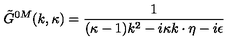
\tilde { G } ^ { 0 M } ( k , \kappa ) = { \frac { 1 } { ( \kappa - 1 ) k ^ { 2 } - i \kappa k \cdot \eta - i \epsilon } }